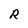
Character: R